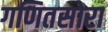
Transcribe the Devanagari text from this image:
गणितसोरा